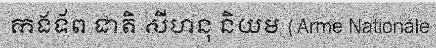
កងទ័ព ជាតិ សីហនុ និយម (Arme Nationale